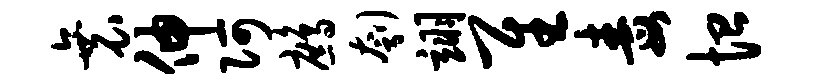
衰伸阿鹧刳翊隹毒恤